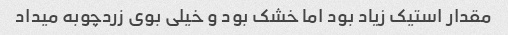
مقدار استیک زیاد بود اما خشک بود و خیلی بوی زردچوبه میداد